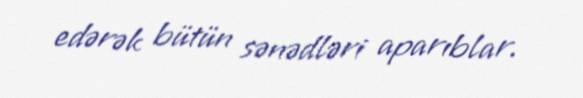
edərək bütün sənədləri aparıblar.